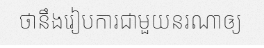
ថានឹងរៀបការជាមួយនរណាឲ្យ